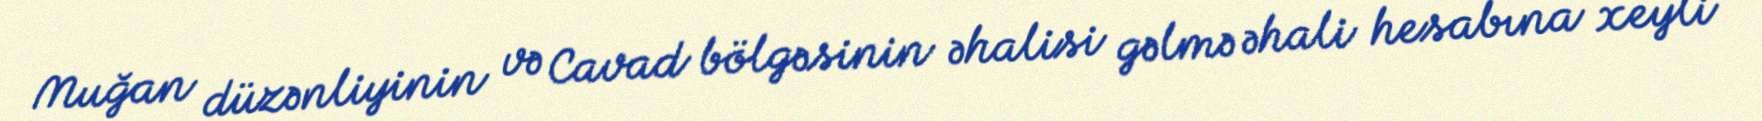
Muğan düzənliyinin və Cavad bölgəsinin əhalisi gəlmə əhali hesabına xeyli